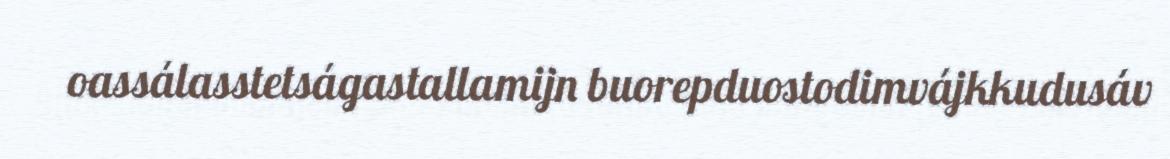
oassálasstetságastallamijn buorepduostodimvájkkudusáv